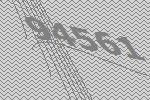
94561